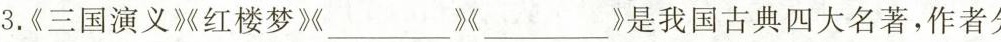
3.《三国演义》红楼梦》_》》是我国古典四大名著，作者分